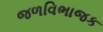
જળવિભાજક